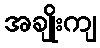
အချိုးကျ